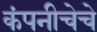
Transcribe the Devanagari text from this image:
कंपनीचेचे